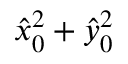
\hat { x } _ { 0 } ^ { 2 } + \hat { y } _ { 0 } ^ { 2 }